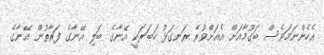
އެހެންނަމަވެސް ބަގޫމާއަށް އެއަށްވުރެ ރަނގަޅު ހަބަރަކީ އޭނާގެ ބަލި އޭނާގެ ފަރާތުން އޭނާގެ